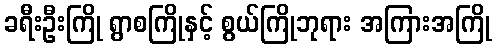
ခရီးဦးကြို ရွာစကြိုနှင့် စွယ်ကြိုဘုရား အကြားအကြို